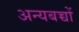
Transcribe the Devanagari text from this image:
अन्यबच्चों